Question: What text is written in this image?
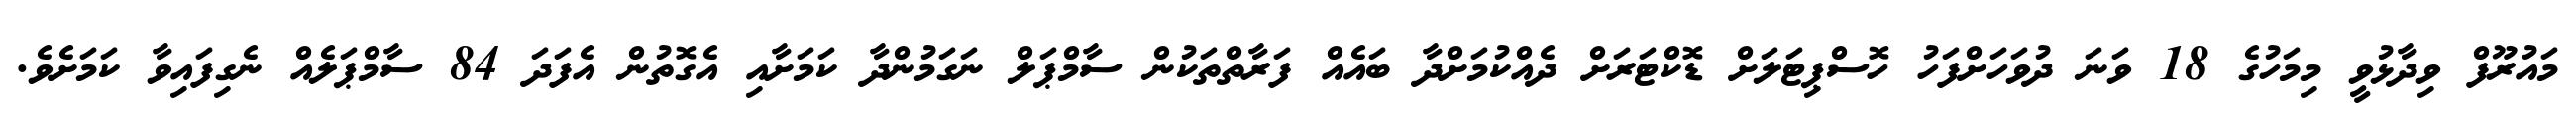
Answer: މައުރޫފް ވިދާޅުވީ މިމަހުގެ 18 ވަނަ ދުވަހަށްފަހު ހޮސްޕިޓަލަށް ޑޮކްޓަރަށް ދެއްކުމަށްދާ ބައެއް ފަރާތްތަކުން ސާމްޕަލް ނަގަމުންދާ ކަމަށާއި އެގޮތުން އެފަދަ 84 ސާމްޕަލެއް ނެގިފައިވާ ކަމަށެވެ.